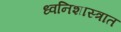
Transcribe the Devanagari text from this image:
ध्वनिशास्त्रात